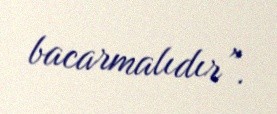
bacarmalıdır”.